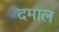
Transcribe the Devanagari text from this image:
दमाल